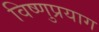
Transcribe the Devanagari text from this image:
विष्‍णुप्रयाग